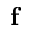
\mathbf f